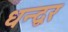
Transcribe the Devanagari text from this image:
धन्द्वर